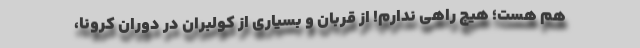
هم هست؛ هیچ راهی ندارم! از قربان و بسیاری از کولبران در دوران کرونا،